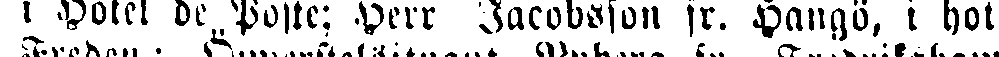
i Hotel de Poste; Herr Jacobsson fr. Hangö, i hot